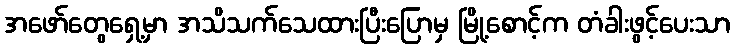
အဖော်တွေရှေ့မှာ အသိသက်သေထားပြီးပြောမှ မြို့စောင့်က တံခါးဖွင့်ပေးသာ